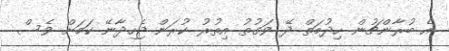
އެ ބުރާންޗުން ހިދުމަތް ދޭ ވަގުތު އިތުރު ކުރަން ޖެހިދާނޭ ކަމަށް ވެސް